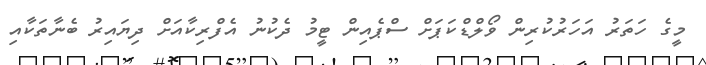
މީގެ ހަތަރު އަހަރުކުރިން ވޯލްޑްކަޕަށް ސްޕެއިން ޓީމު ދެކުނު އެފްރިކާއަށް ދިޔައިރު ބެނާތަކާއި